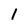
Character: l